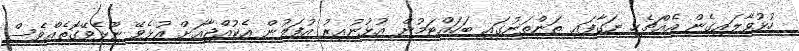
ހުޅުވާލައިގެން އެއްޗެހި ނަގާފައި ތަންތަނުގައި ބަހައްޓަމުން އުޅުނުއިރު އުފަލުން އެކުއްޖާއަށް އުޅެވޭ ނޫޅެވޭގޮތެއްވެސް